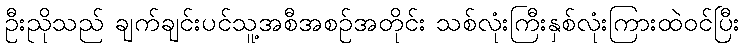
ဦးညိုသည် ချက်ချင်းပင်သူ့အစီအစဉ်အတိုင်း သစ်လုံးကြီးနှစ်လုံးကြားထဲဝင်ပြီး